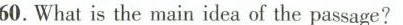
60what is the main ides ofpassage?